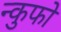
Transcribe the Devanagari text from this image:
न्कुफो